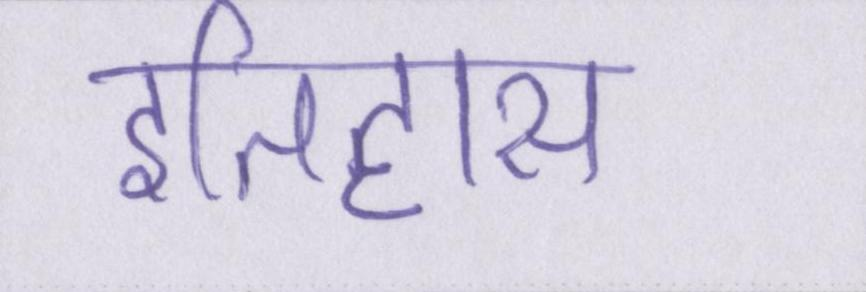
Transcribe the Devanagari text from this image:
इतिहास